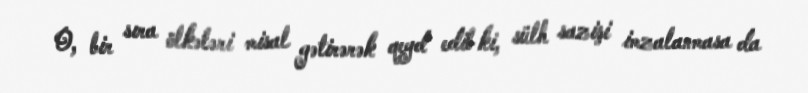
O, bir sıra ölkələri misal gətirərək qeyd edib ki, sülh sazişi imzalanmasa da